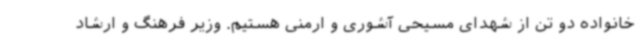
خانواده دو تن از شهدای مسیحی آشوری و ارمنی هستیم. وزیر فرهنگ و ارشاد